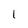
Character: 1